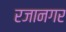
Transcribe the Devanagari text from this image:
रजानगर